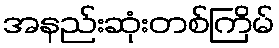
အနည်းဆုံးတစ်ကြိမ်